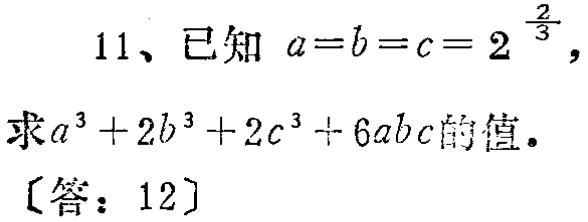
11、已知 \(a = b = c = 2^{\frac{2}{3}}\)，

求\(a^{3}+2b^{3}+2c^{3}+6abc\)的值。

〔答：12〕